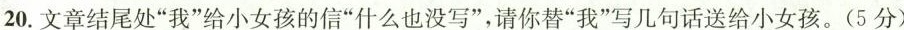
20.文章结尾处”我”给小女孩的信”什么也没写”，请你替”我”写几句话送给小女孩。(5分)